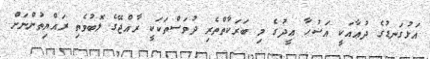
އަޅުގަނޑުގެ ދުޢާއަކީ އަޟުޙާ ޢީދުގެ މި ބަރަކާތްތެރި ދުވަސްތަކަކީ ރާއްޖޭގެ ލޮބުވެތި ރައްޔިތުންނަށް